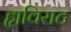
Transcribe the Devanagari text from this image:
ह्यविराट